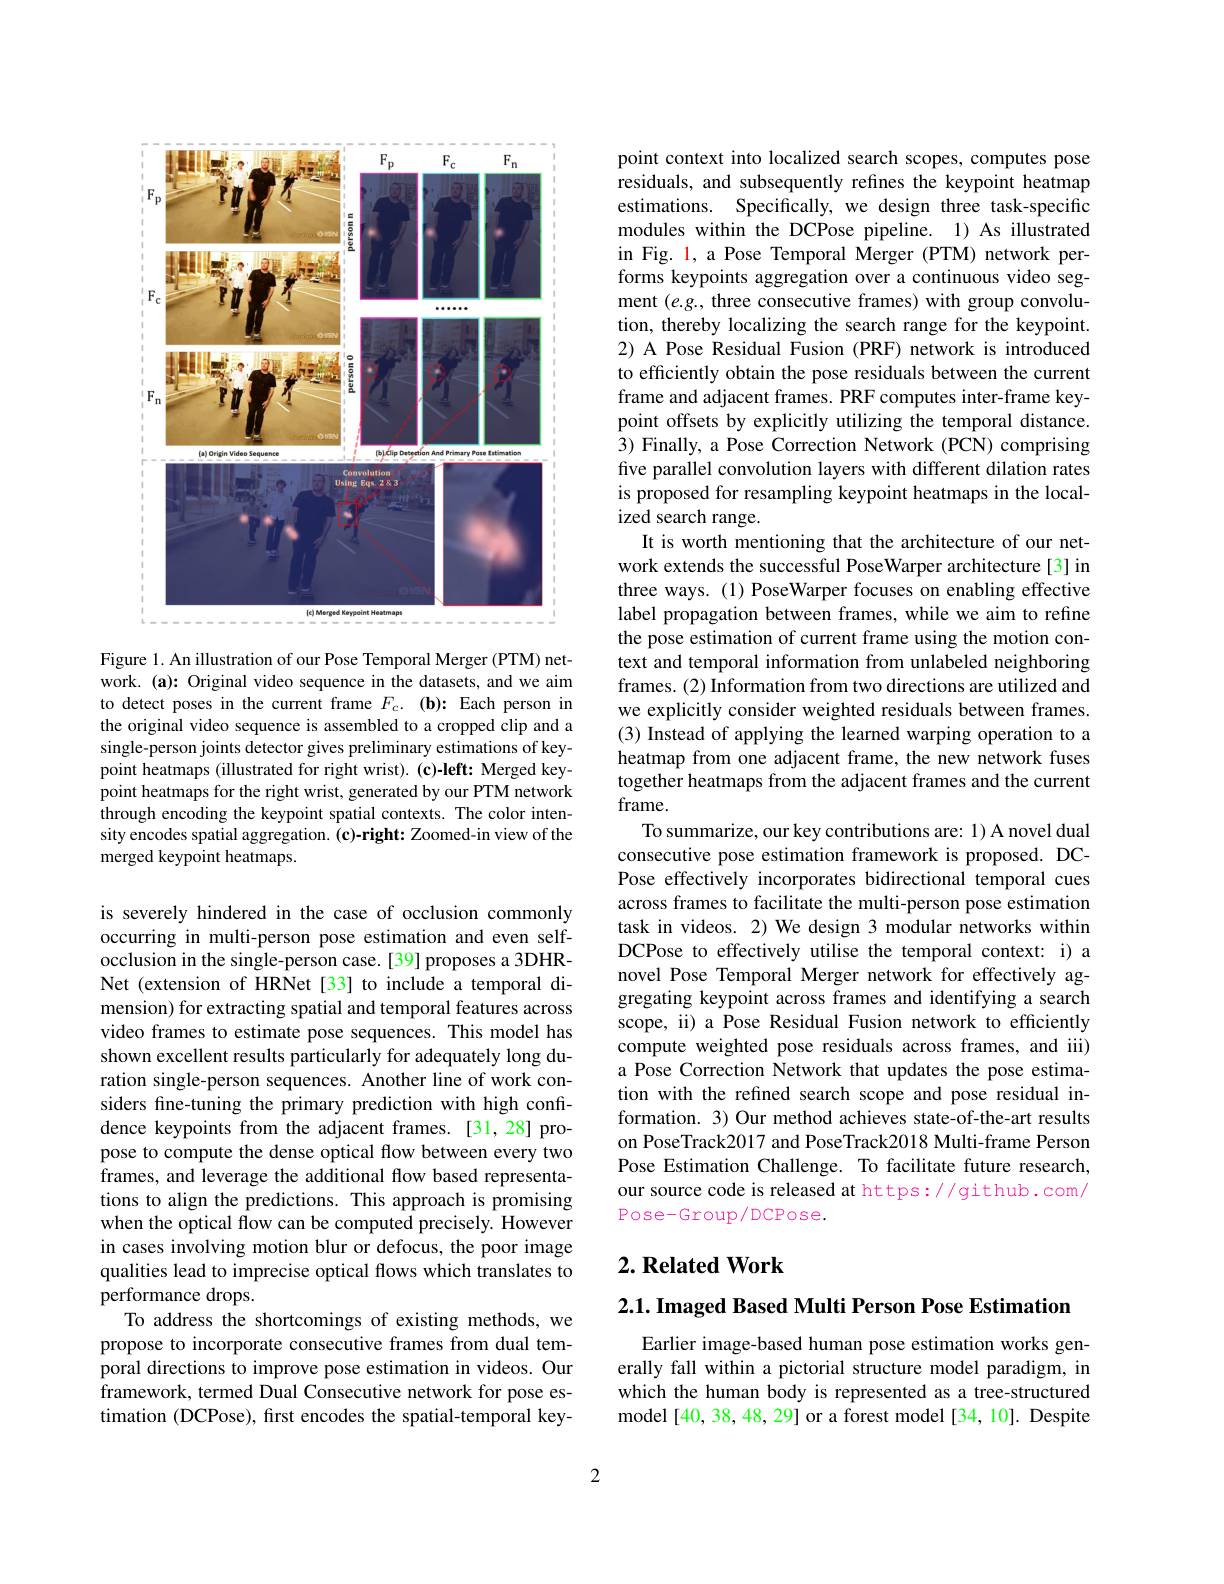
<FigureHere>

Figure 1. An illustration of our Pose Temporal Merger (PTM) network. (a): Original video sequence in the datasets, and we aim to detect poses in the current frame $F_c.$ $( \mathbf{b} ) {: }$ Each person in the original video sequence is assembled to a cropped clip and a single-person joints detector gives preliminary estimations of keypoint heatmaps (illustrated for right wrist). (c)-left: Merged keypoint heatmaps for the right wrist, generated by our PTM network through encoding the keypoint spatial contexts. The color intensity encodes spatial aggregation. (c)-right: Zoomed-in view of the merged keypoint heatmaps.

is severely hindered in the case of occlusion commonly occurring in multi-person pose estimation and even selfocclusion in the single-person case.[39] proposes a 3DHRNet (extension of HRNet[33] to include a temporal dimension) for extracting spatial and temporal features across video frames to estimate pose sequences. This model has shown excellent results particularly for adequately long duration single-person sequences. Another line of work considers fine-tuning the primary prediction with high confidence keypoints from the adjacent frames.[31,28] propose to compute the dense optical flow between every two frames, and leverage the additional flow based representations to align the predictions. This approach is promising when the optical flow can be computed precisely. However in cases involving motion blur or defocus, the poor image qualities lead to imprecise optical flows which translates to performance drops.
To address the shortcomings of existing methods, we propose to incorporate consecutive frames from dual temporal directions to improve pose estimation in videos. Our framework, termed Dual Consecutive network for pose estimation (DCPose), first encodes the spatial-temporal key-

point context into localized search scopes, computes pose residuals, and subsequently refines the keypoint heatmap estimations. Specifically, we design three task-specific modules within the DCPose pipeline. 1) As illustrated in Fig. 1, a Pose Temporal Merger (PTM) network performs keypoints aggregation over a continuous video segment $(e.g.$, three consecutive frames) with group convolution, thereby localizing the search range for the keypoint. 2) A Pose Residual Fusion (PRF) network is introduced to efficiently obtain the pose residuals between the current frame and adjacent frames. PRF computes inter-frame keypoint offsets by explicitly utilizing the temporal distance. $\hat{3})$ Finally, a Pose Correction Network (PCN) comprising five parallel convolution layers with different dilation rates is proposed for resampling keypoint heatmaps in the localized search range.
It is worth mentioning that the architecture of our network extends the successful PoseWarper architecture[3] in three ways. (1) PoseWarper focuses on enabling effective label propagation between frames, while we aim to refine the pose estimation of current frame using the motion context and temporal information from unlabeled neighboring frames. (2) Information from two directions are utilized and we explicitly consider weighted residuals between frames. (3) Instead of applying the learned warping operation to a heatmap from one adjacent frame, the new network fuses together heatmaps from the adjacent frames and the current frame.
To summarize, our key contributions are: 1) A novel dual consecutive pose estimation framework is proposed. DCPose effectively incorporates bidirectional temporal cues across frames to facilitate the multi-person pose estimation task in videos. 2) We design 3 modular networks within DCPose to effectively utilise the temporal context: i) a novel Pose Temporal Merger network for effectively aggregating keypoint across frames and identifying a search scope, ii) a Pose Residual Fusion network to efficiently compute weighted pose residuals across frames, and iii) a Pose Correction Network that updates the pose estimation with the refined search scope and pose residual information. 3) Our method achieves state-of-the-art results on PoseTrack2017 and PoseTrack2018 Multi-frame Person Pose Estimation Challenge. To facilitate future research, our source code is released at https://github.com/ Pose-Group/DCPose.

## $2. \textbf{Related Work}$

$2. 1. \textbf{ Imaged Based Multi Person Pose Estimation}$

Earlier image-based human pose estimation works generally fall within a pictorial structure model paradigm, in which the human body is represented as a tree-structured model [40, 38, 48, 29] or a forest model [34, 10]. Despite

2